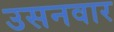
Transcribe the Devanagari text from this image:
उसनवार